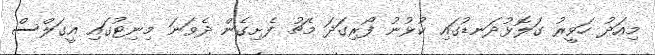
މިއަދު ހަވީރު ގަލޮޅުދަނޑުގައި ކުޅުނު ފޯރިގަދަ މެޗު ފެށިގެން ދެވަނަ މިނިޓުގައި އީގަލްސް